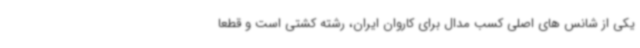
یکی از شانس های اصلی کسب مدال برای کاروان ایران، رشته کشتی است و قطعا